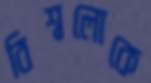
বিশ্বলোকে